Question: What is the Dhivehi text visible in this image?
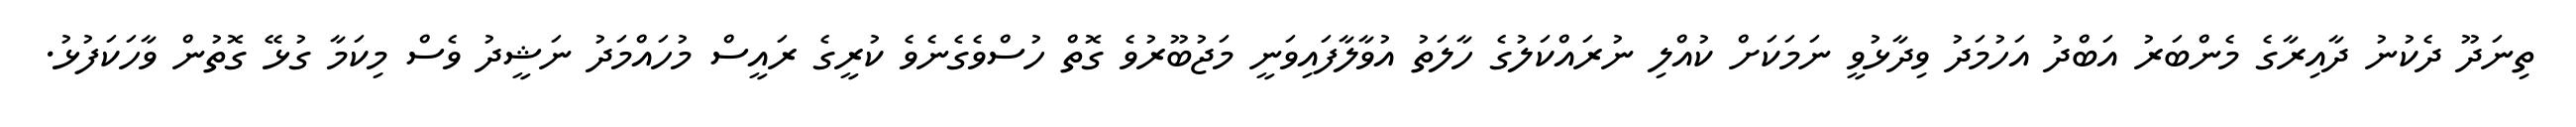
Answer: ތިނަދޫ ދެކުނު ދާއިރާގެ މެންބަރު އަބްދު އަހުމަދު ވިދާޅުވީ ނަމަކަށް ކުއްލި ނުރައްކަލުގެ ހާލަތު އުވާލާފައިވަނީ މަޖުބޫރުވެ ގޮތް ހުސްވެގެނެވެ ކުރީގެ ރައީސް މުހައްމަދު ނަޝީދު ވެސް މިކަމާ ގުޅޭ ގޮތުން ވާހަކަފުޅު.